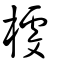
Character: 榩